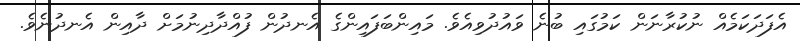
އެފަދަކަމެއް ނުކުރާނަން ކަމުގައި ބުނެ ވައުދުވިއެވެ. މައިންބަފައިންގެ އެނދުން ފުއްދާދިނުމަށް ދާއިން އެނދުނެވެ.